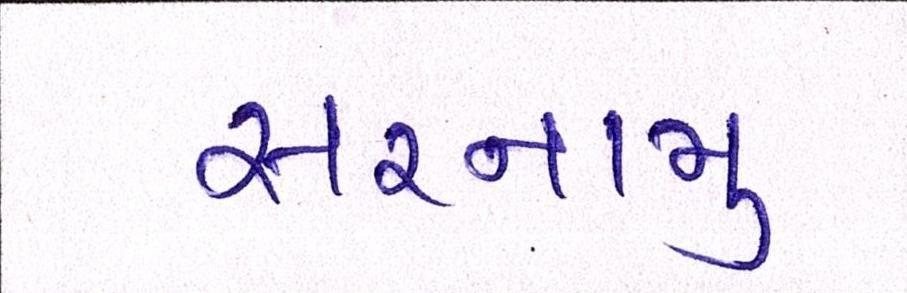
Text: સરનામું